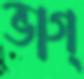
ভাগ্‌